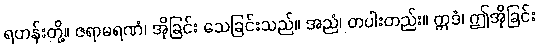
ရဟန်းတို့။ ဇရာမရဏံ၊ အိုခြင်း သေခြင်းသည်။ အညံ၊ တပါးတည်း။ ဣဒံ၊ ဤအိုခြင်း